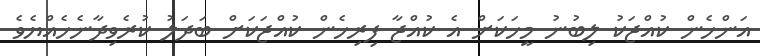
އަންހެން ކުއްޖަކު ލިބުނު މީހަކަށް އެ ކުއްޖާ ފިރިހެން ކުއްޖަކަށް ބަދަލު ކުރެވިދާނެހެއްޔެވެ